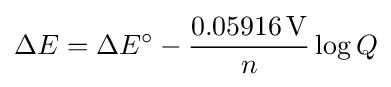
\Delta E=\Delta E^{\circ }-{\frac {0.05916\,\mathrm {V} }{n}}\log Q